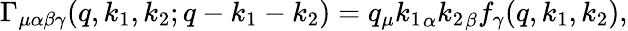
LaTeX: \Gamma_{\mu\alpha\beta\gamma}(q,k_{1},k_{2};q-k_{1}-k_{2})=q_{\mu}{k_{1}}_{\alpha}{k_{2}}_{\beta}f_{\gamma}(q,k_{1},k_{2}),